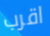
اقرب